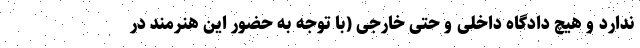
ندارد و هیچ دادگاه داخلی و حتی خارجی (با توجه به حضور این هنرمند در